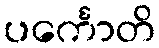
ပင်္ကောတိ